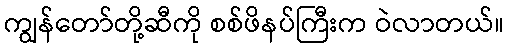
ကျွန်တော်တို့ဆီကို စစ်ဖိနပ်ကြီးက ဝဲလာတယ်။